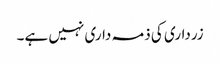
زرداری کی ذمہ داری نہیں ہے۔